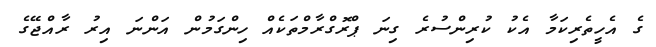
ގެ އެހީތެރިކަމާ އެކު ކުރިންސުރެ ގިނަ ޕްރޮގްރާމްތަކެއް ހިންގަމުން އަންނަ އިރު ރާއްޖޭގެ